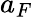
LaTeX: a_{F}